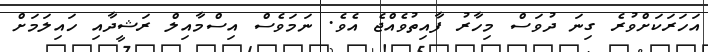
އަހަރަކަށްވުރެ ގިނަ ދުވަސް މިހާރު ފާއިތުވެއްޖެ އެވެ. ނަަމަވެސް އިސްމާއިލް ރަޝީދާއި ހައިލަމަށް